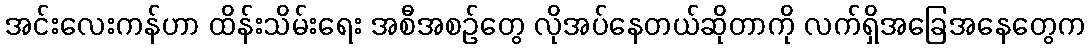
အင်းလေးကန်ဟာ ထိန်းသိမ်းရေး အစီအစဉ်တွေ လိုအပ်နေတယ်ဆိုတာကို လက်ရှိအခြေအနေတွေက